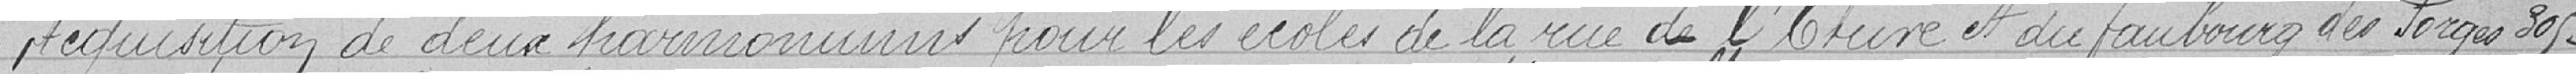
Acquisition de deux harmoniums pour les écoles de la rue de de l'Etuve et du faubourg des Forges 305